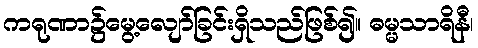
ကရုဏာ၌မွေ့လျော်ခြင်းရှိသည်ဖြစ်၍။ ဓမ္မသာရိနီ၊